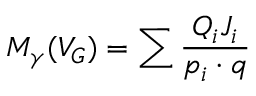
M _ { \gamma } ( V _ { G } ) = \sum \frac { Q _ { i } J _ { i } } { p _ { i } \cdot q }